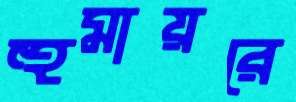
হুমায়রে